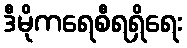
ဒီမိုကရေစီရရှိရေး